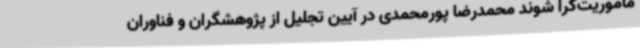
ماموریت‌گرا شوند محمدرضا پورمحمدی در آیین تجلیل از پژوهشگران و فناوران